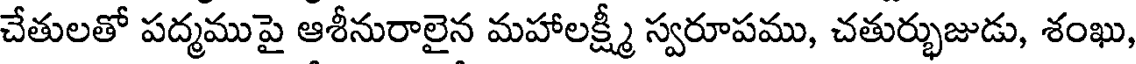
చేతులతో పద్మముపై ఆశీనురాలైన మహాలక్ష్మీ స్వరూపము, చతుర్భుజుడు, శంఖు,